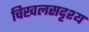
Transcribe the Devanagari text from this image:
चिखलसदृश्य